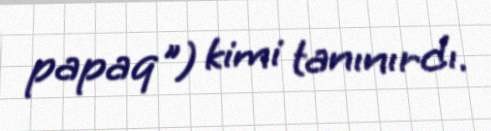
papaq") kimi tanınırdı.